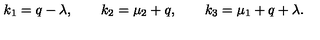
k _ { 1 } = q - \lambda , \qquad k _ { 2 } = \mu _ { 2 } + q , \qquad k _ { 3 } = \mu _ { 1 } + q + \lambda .